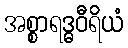
အစ္စာရဒ္ဓဝီရိယံ